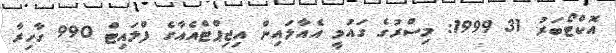
އޮކްޓޯބަރު 31 1999: މިސްރުގެ ގައުމީ އެއާލައިން އިޖިޕްޓްއެއާގެ ފްލައިޓް 990 ގާހިރާ